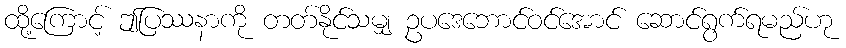
ထို့ကြောင့် ဤပြဿနာကို တတ်နိုင်သမျှ ဥပဒေဘောင်ဝင်အောင် ဆောင်ရွက်ရမည်ဟု